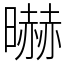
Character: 㬨